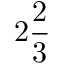
2 { \frac { 2 } { 3 } }